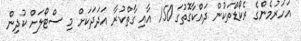
އަހަރުމެންގެ ރެކޯޑްތަކުން ދައްކާގޮތުގަ 150 އާއި ގާތްކުރާ އަދަދަކަށް މި ސްޓޯލަށް ކުދިން